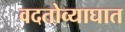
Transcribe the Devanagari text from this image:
वदतोव्याघात